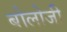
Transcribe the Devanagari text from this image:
बोलोजी